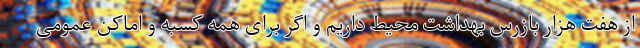
از هفت هزار بازرس بهداشت محیط داریم و اگر برای همه کسبه و اماکن عمومی